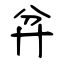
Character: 弅